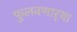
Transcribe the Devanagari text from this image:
फुलवणार्‍या